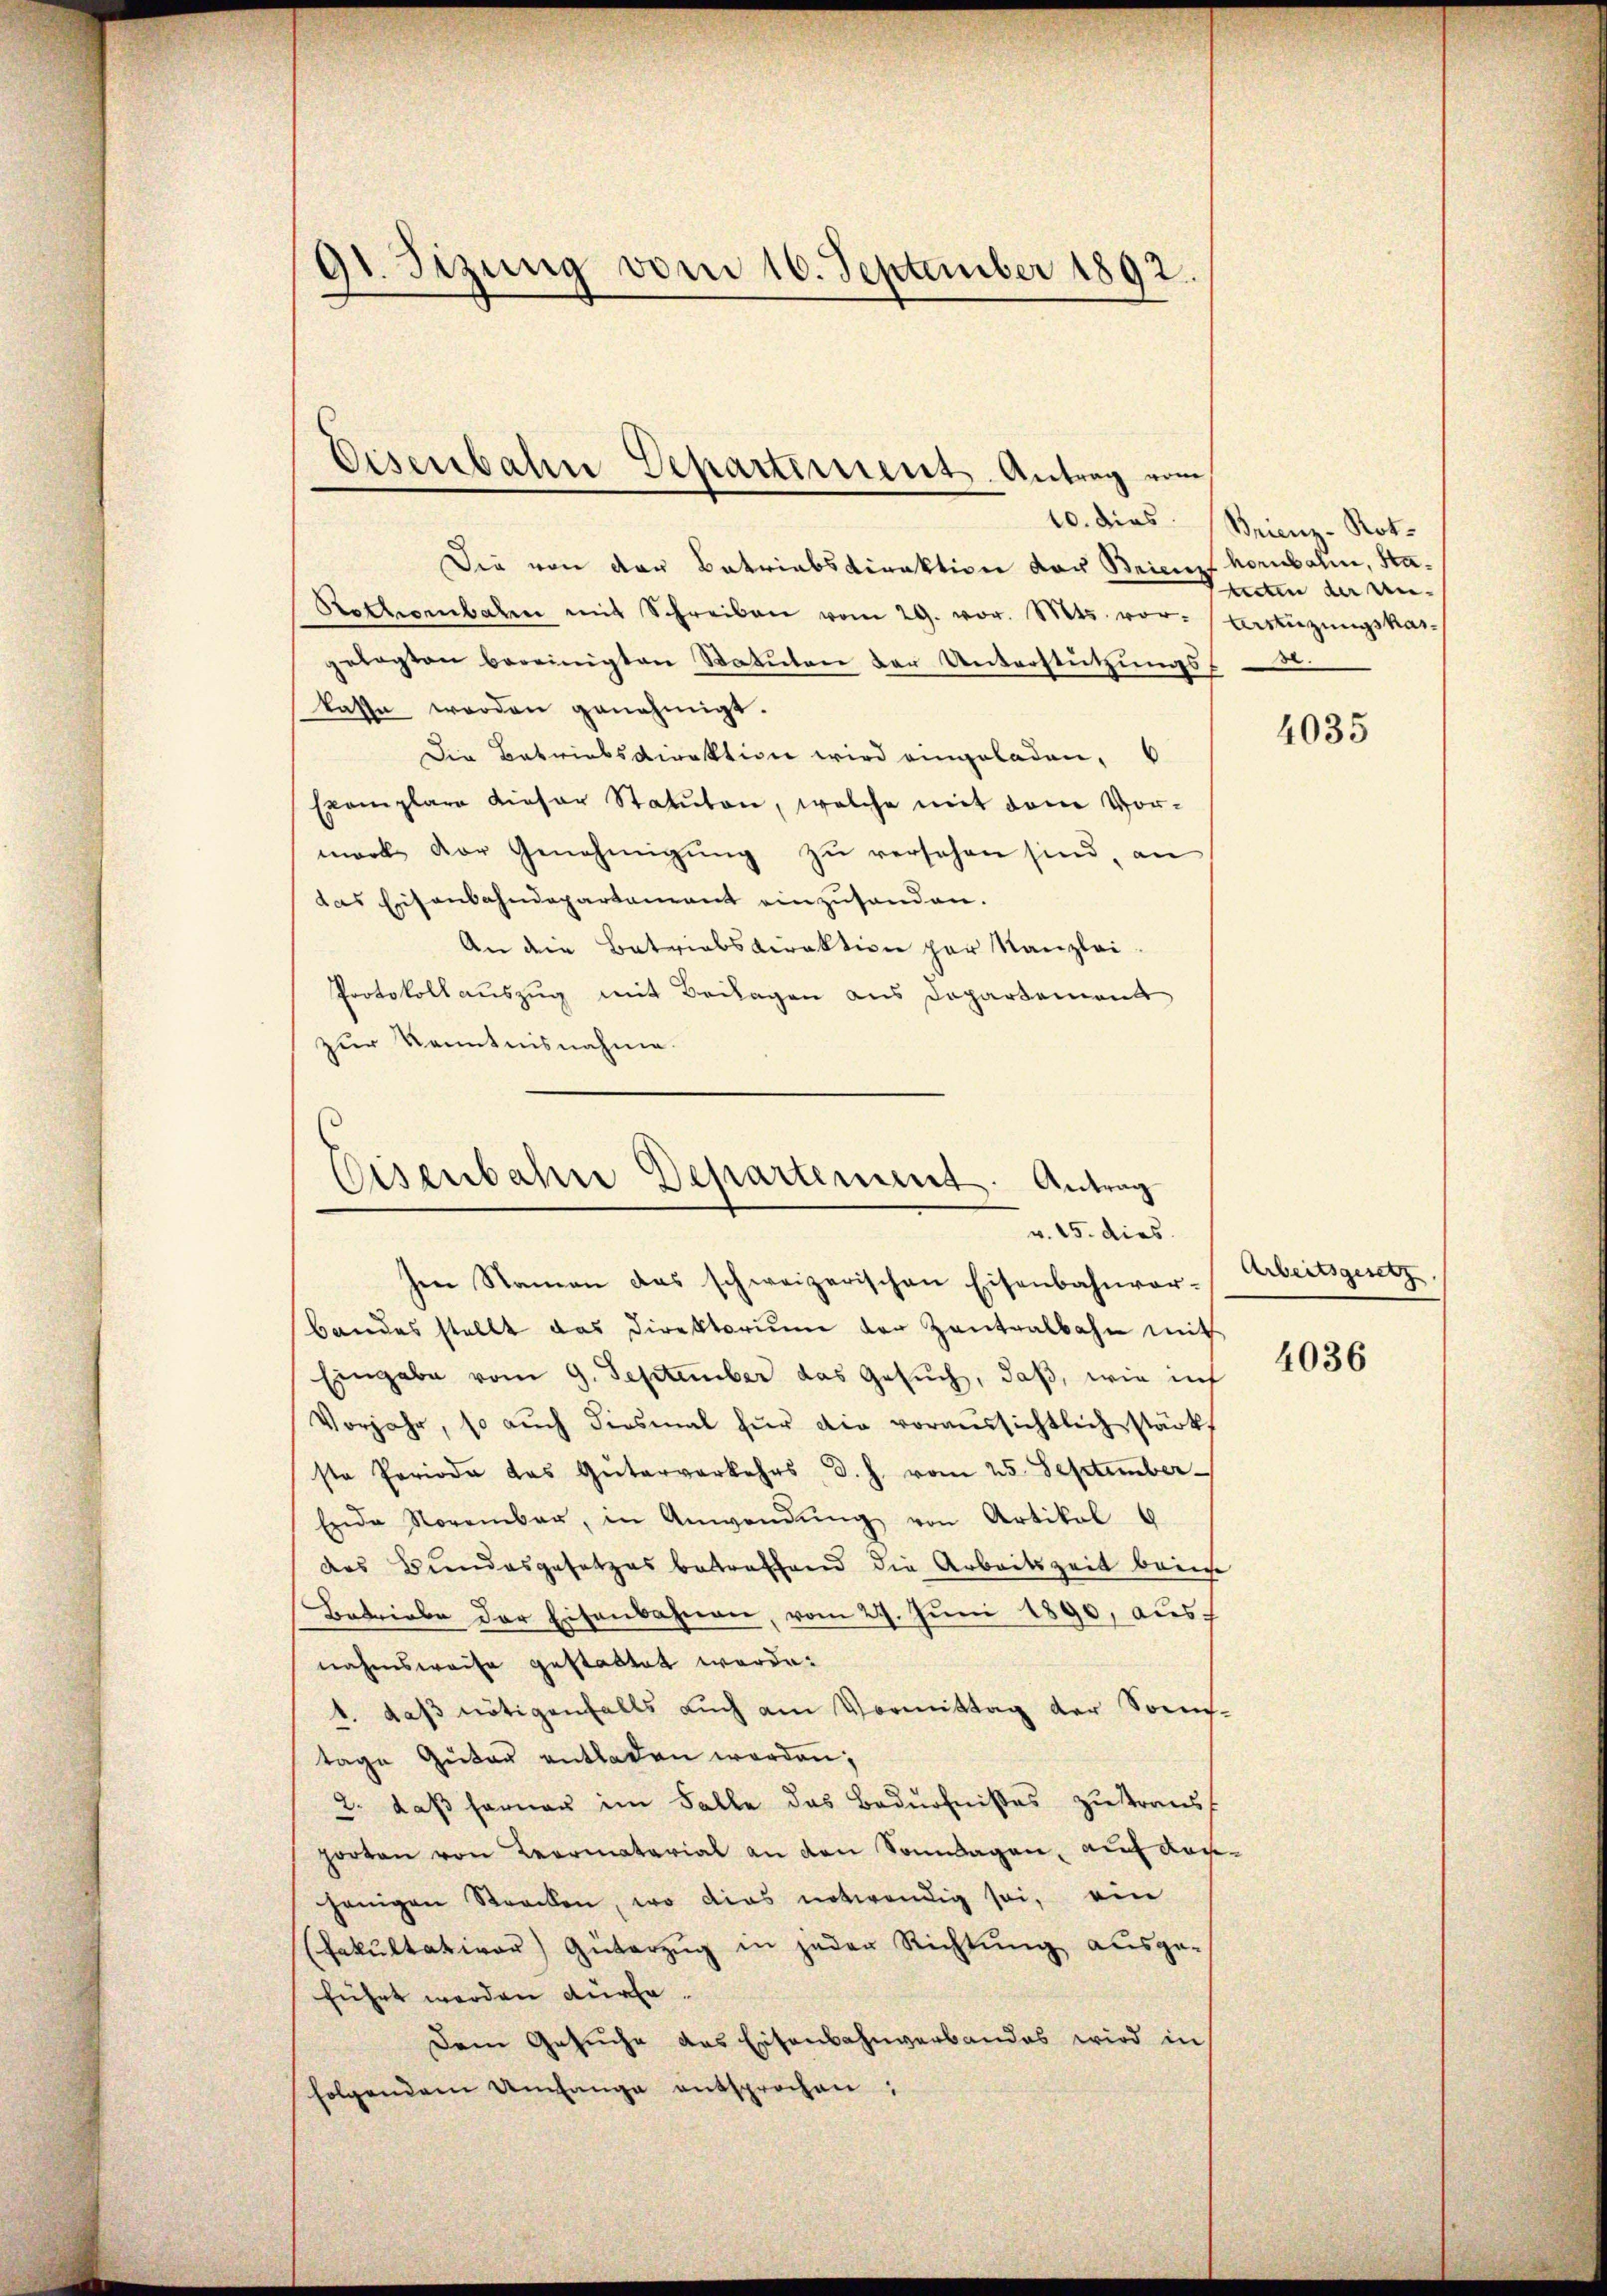
91. Sizung vom 16. September 1892.

Die von der Betriebsdirektion der Brief horbali, Sta¬
Rothenbahn mit Schreiben vom 29. vor. Mts. vor-Artüzungskar
gelegten bereinigten Statuten der Unterstützungs-
kasse werden genehmigt.
Die Betriebsdirektion wird eingeladen,
Exemplare dieser Statuten, welche mit dem Vor-
mark der Genehmigŭng zŭ versehen sind, an
das Eisenbahndepartement einzusenden.
An die Betriebsdirektion par Kanzlei.
Protokoll auszug mit Beilagen aus Departement
zur Kenntnisnahme.

Eisenbahn Departements-Antrag vom

Eisenbahre Departement. Antrag
v. 15. dies
Im Namen das schweizerischen Eisenbahnvor-

bandes stellt das Direktoriŭm der Zentralbahn mit
Eingabe vom 9. September das Gesŭch, daß, wie inf
Vorjahr, so aŭch diesmal für die voraussichtlich stärkt
ste Periode das Güterverkehrs d. h. vom 25. September
Erde November, in Anwendŭng von Artikal 6
des Bundesgesetzes betreffend die Arbeitszeit beim
Betriebe der Eisenbahnen, vom 27. Juni 1890, ausf
nahmsweise gestattet werde.
1. das nötigenfalls auch am Vormittag der Sonn-
tage Güter entladen werden;
2. daß ferner im Falle das Bedürfnißes zustraus
porten von Leormaterial an den Sonntagen, auf Konjenigen Strecken, wo dies notwendig sei, ein
(Fakultativer Güterzug in jeder Richtung ausge-
führt werden dürfe.
Dem Gesuche das Eisenbahnverbandes wird in
folgendem Umfange entsprochen:

10. dies Minz-Not.
tuten der Un-

4035

Arbeitsgesetz

4036